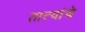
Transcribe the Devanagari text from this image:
तात्यांचे